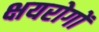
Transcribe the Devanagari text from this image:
क्षयरोगों